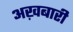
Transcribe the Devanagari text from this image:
अख़बारी